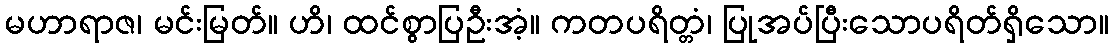
မဟာရာဇ၊ မင်းမြတ်။ ဟိ၊ ထင်စွာပြဦးအံ့။ ကတပရိတ္တံ၊ ပြုအပ်ပြီးသောပရိတ်ရှိသော။